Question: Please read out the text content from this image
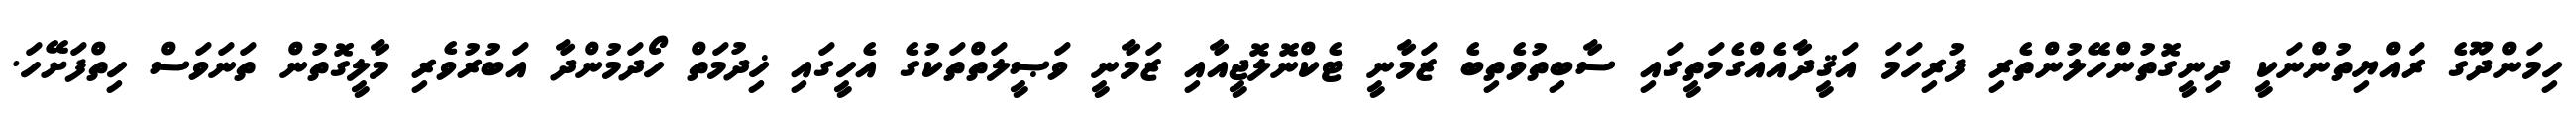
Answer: ހިމަންދޫގެ ރައްޔިތުންނަކީ ދިނީގޮތުންހޭލުންތެރި ފުރިހަމަ އަޤީދާއެއްގެމަތީގައި ސާބިތުވެތިބެ ޒަމާނީ ޓެކްނޮލޮޖީއާއި ޒަމާނީ ވަޞީލަތްތަކުގެ އެހީގައި ޚިދުމަތް ހޯދަމުންދާ އަބުރުވެރި މާލީގޮތުން ތަނަވަސް ހިތްފަށޭހަ.